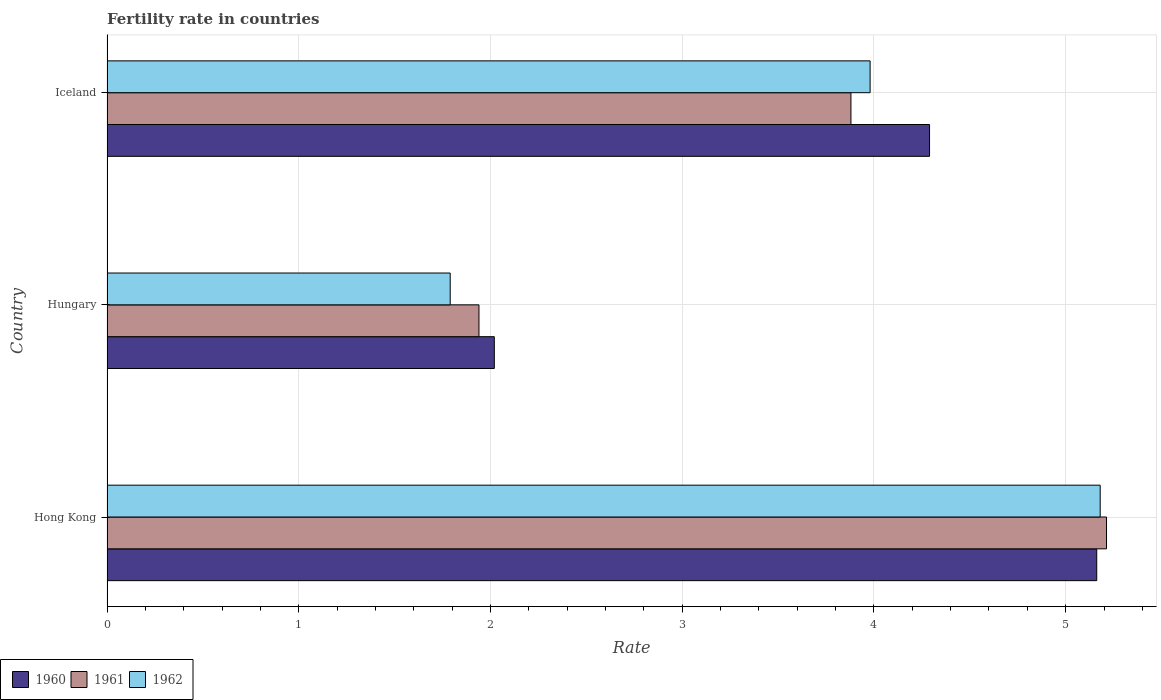
| Country | 1960 | 1961 | 1962 |
 | --- | --- | --- | --- |
 | Hong Kong | 5.16 | 5.21 | 5.18 |
 | Hungary | 2.02 | 1.94 | 1.79 |
 | Iceland | 4.29 | 3.88 | 3.98 |